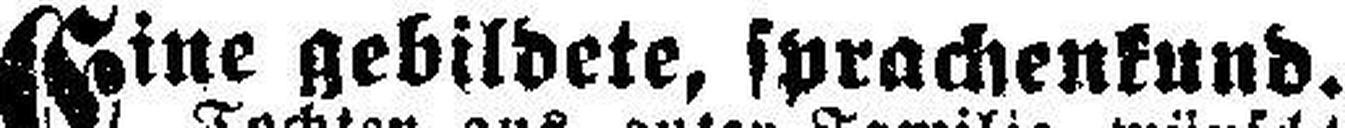
Eine gebildete, sprachenkund.